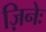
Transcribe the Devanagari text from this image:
ज़िनेः